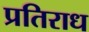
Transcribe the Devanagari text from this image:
प्रतिराध